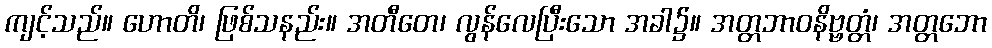
ကျင့်သည်။ ဟောတိ၊ ဖြစ်သနည်း။ အတီတေ၊ လွန်လေပြီးသော အခါ၌။ အတ္တဘာဝနိဗ္ဗတ္တံ၊ အတ္တဘော